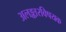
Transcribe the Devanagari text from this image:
अलङ्कारविषयक